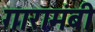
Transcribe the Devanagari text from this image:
गारामंबी